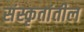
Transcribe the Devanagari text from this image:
संस्कृतांतील